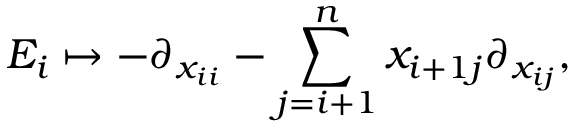
E _ { i } \mapsto - \partial _ { x _ { i i } } - \sum _ { j = i + 1 } ^ { n } x _ { i + 1 j } \partial _ { x _ { i j } } ,